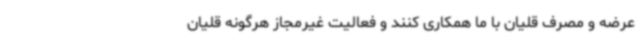
عرضه و مصرف قلیان با ما همکاری کنند و فعالیت غیرمجاز هرگونه قلیان